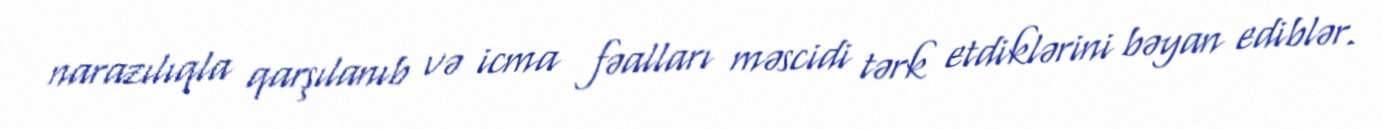
narazılıqla qarşılanıb və icma fəalları məscidi tərk etdiklərini bəyan ediblər.